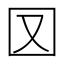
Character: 㘝